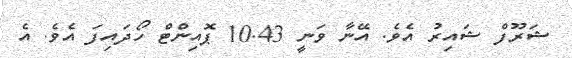
ޝަރޫފް ޝައިރު އެވެ. އޭނާ ވަނީ 10.43 ޕޮއިންޓް ހޯދައިފަ އެވެ. އެ